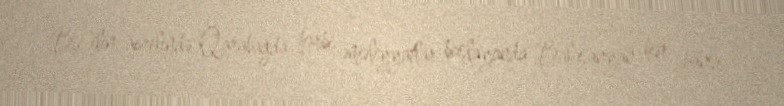
Bu ilin aprelində Qarabağda hərbi əməliyyatlar başlayanda Balasanyan hər hansı